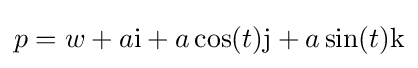
p=w+a\mathrm {i} +a\cos(t)\mathrm {j} +a\sin(t)\mathrm {k}